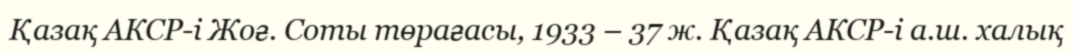
Қазақ АКСР-і Жоғ. Соты төрағасы, 1933 – 37 ж. Қазақ АКСР-і а.ш. халық